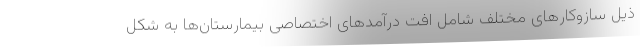
ذیل سازوکارهای مختلف شامل افت درآمدهای اختصاصی بیمارستان‌ها به شکل